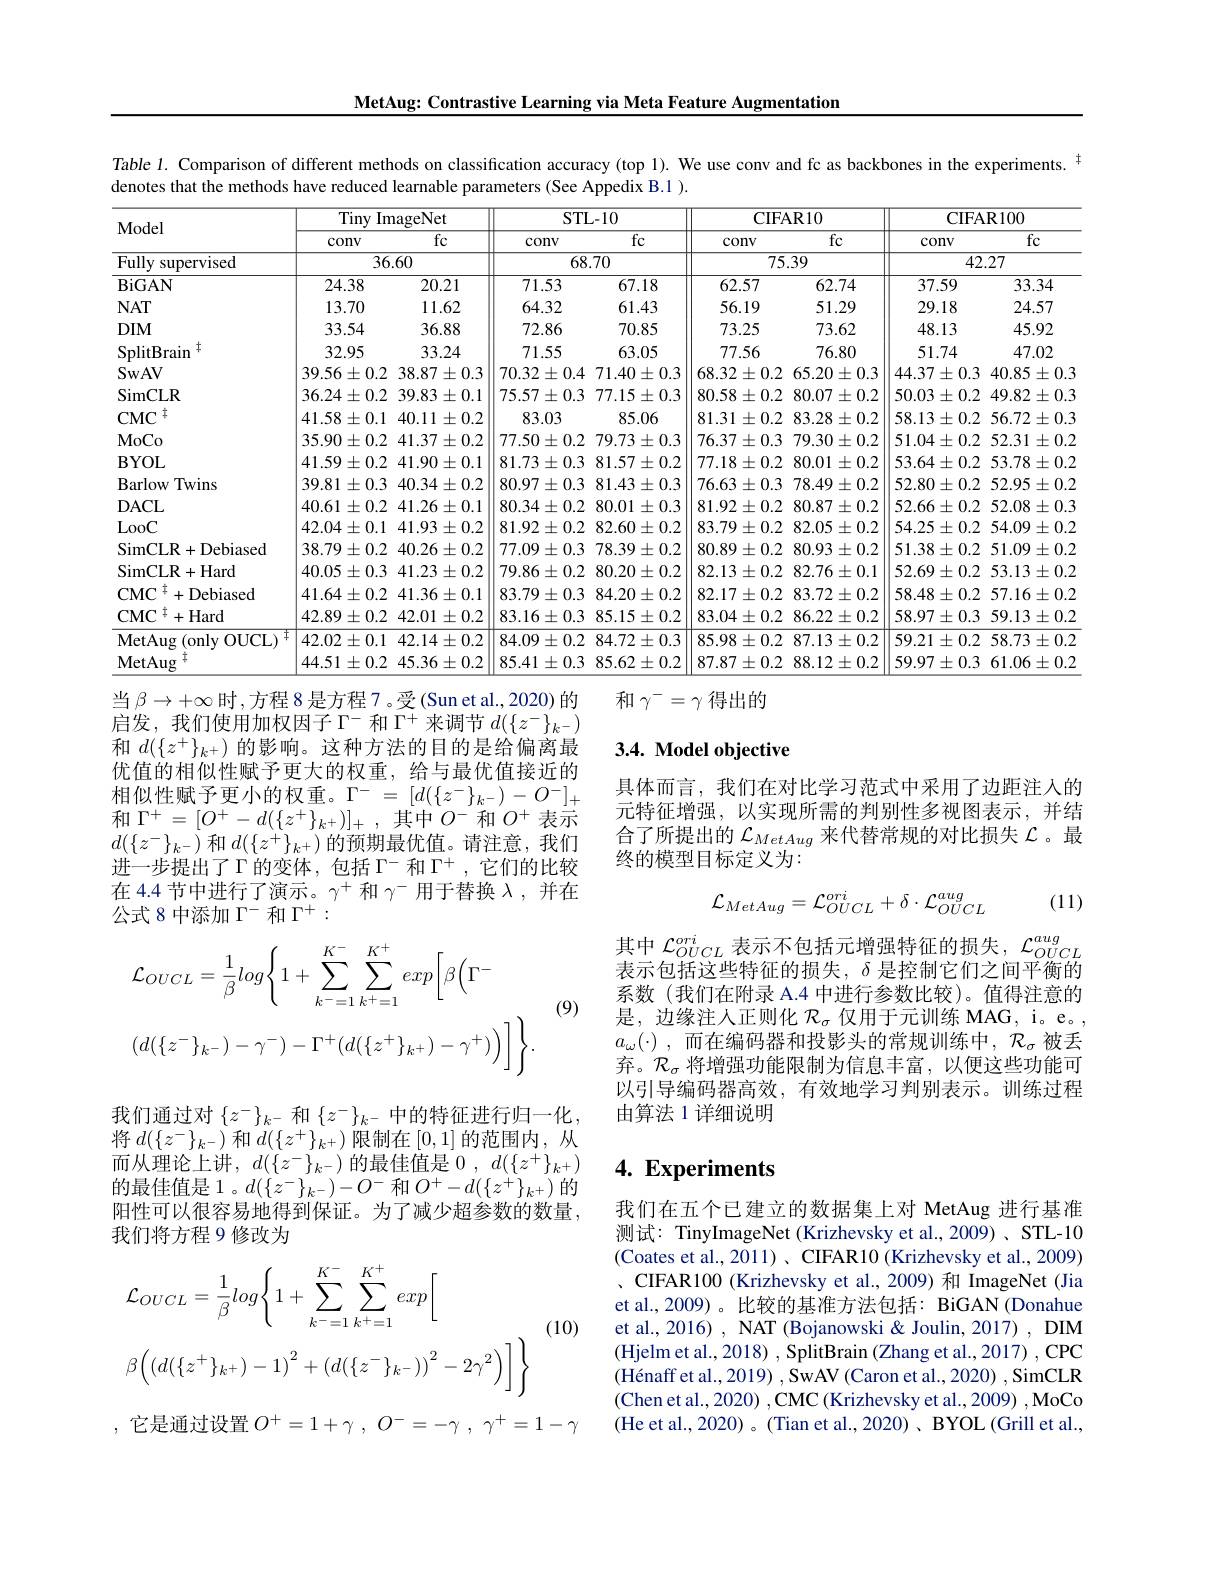
MetAug: Contrastive Learning via Meta Feature Augmentation

Table 1. Comparison of different methods on classification accuracy (top 1). We use conv and fc as backbones in the experiments. $^{\mathrm{t}}$

denotes that the methods have reduced learnable parameters (See Appedix B.1 ).
<table>
	<tbody>
		<tr>
			<th rowspan="2">Model</th>
			<th colspan="2">Tiny ImageNet</th>
			<th colspan="2">STL- 10</th>
			<th colspan="2">CIFAR10</th>
			<th colspan="2">CIFAR100</th>
		</tr>
		<tr>
			<th>conv</th>
			<th>$\overline{\mathrm{fc}}$</th>
			<th>conv</th>
			<th>$\overline{\mathrm{fc}}$</th>
			<th>COnv</th>
			<th>$\overline{\mathrm{fc}}$</th>
			<th>$\operatorname{conv}$</th>
			<th>$\overline{\mathrm{fc}}$</th>
		</tr>
		<tr>
			<td>Fullys supervised</td>
			<td colspan="2">36.60</td>
			<td>$\overline{68}$</td>
			<td>.70</td>
			<td>$\overline{75}.$</td>
			<td>.39</td>
			<td colspan="2">42.27</td>
		</tr>
		<tr>
			<td>BiGAN</td>
			<td>24.38</td>
			<td>20.21</td>
			<td>71.53</td>
			<td>67.18</td>
			<td>62.57</td>
			<td>62.74</td>
			<td>37.59</td>
			<td>33.34</td>
		</tr>
		<tr>
			<td>$NAT$</td>
			<td>13.70</td>
			<td>11.62</td>
			<td>64.32</td>
			<td>61.43</td>
			<td>56.19</td>
			<td>51.29</td>
			<td>29.18</td>
			<td>24.57</td>
		</tr>
		<tr>
			<td>$DIM$</td>
			<td>33.54</td>
			<td>36.88</td>
			<td>72.86</td>
			<td>70.85</td>
			<td>73.25</td>
			<td>73.62</td>
			<td>48.13</td>
			<td>45.92</td>
		</tr>
		<tr>
			<td>SplitBrain</td>
			<td>32.95</td>
			<td>33.24</td>
			<td>71.55</td>
			<td>63.05</td>
			<td>77.56</td>
			<td>76.80</td>
			<td>51.74</td>
			<td>47.02</td>
		</tr>
		<tr>
			<td>SwAV</td>
			<td>$$39.56\pm0.2$$</td>
			<td>$38.87\pm0.3$</td>
			<td>$70.32\pm0.4$</td>
			<td>$71.40\pm0.3$</td>
			<td>$68.32\pm0.2$</td>
			<td>$65.20\pm0.3$</td>
			<td>$44.37\pm0.3$</td>
			<td>$40.85\pm0.3$</td>
		</tr>
		<tr>
			<td>SimCLR</td>
			<td>$36.24\pm0.2$</td>
			<td>$39.83\pm0.1$</td>
			<td>$$75.57\pm0.3$$</td>
			<td>$77.15\pm0.3$</td>
			<td>$80.58\pm0.2$</td>
			<td>$80.07\pm0.2$</td>
			<td>$50.03\pm0.2$</td>
			<td>$49.82\pm0.3$</td>
		</tr>
		<tr>
			<td>1 $CMC$</td>
			<td>$41.58\pm0.1$</td>
			<td>$40.11\pm0.2$</td>
			<td>83.03</td>
			<td>85.06</td>
			<td>81.31 $\pm0.2$</td>
			<td>83.28 $\pm0.2$</td>
			<td>$58.13\pm0.2$</td>
			<td>$56.72\pm0.3$</td>
		</tr>
		<tr>
			<td>MoCo</td>
			<td>$35.90\pm0.2$</td>
			<td>$41.37\pm0.2$</td>
			<td>$77.50\pm0.2$</td>
			<td>$$79.73\pm0.3$$</td>
			<td>$$76.37\pm0.3$$</td>
			<td>$)\pm0.2$ 79.30 1 1</td>
			<td>$51.04\pm0.2$</td>
			<td>$52.31\pm0.2$</td>
		</tr>
		<tr>
			<td>$\mathbf{BYOL}$</td>
			<td>$41.59\pm0.2$</td>
			<td>$41.90\pm0.1$</td>
			<td>$81.73\pm0.3$</td>
			<td>$81.57\pm0.2$</td>
			<td>$77.18\pm0.2$</td>
			<td>$\pm0.2$ 80.01</td>
			<td>$53.64\pm0.2$</td>
			<td>$53.78\pm0.2$</td>
		</tr>
		<tr>
			<td>Barlow Twins</td>
			<td>39.81 $\lfloor\pm0.3$ 1</td>
			<td>$40.34\pm0.2$</td>
			<td>$80.97\pm0.3$</td>
			<td>$81.43\pm0.3$</td>
			<td>$76.63\pm0.3$</td>
			<td>$78.49\pm0.2$</td>
			<td>$52.80\pm0.2$</td>
			<td>$52.95\pm0.2$</td>
		</tr>
		<tr>
			<td>$\mathbf{DACL}$</td>
			<td>40.61 $\pm0.2$ 1 T</td>
			<td>$41.26\pm0.1$</td>
			<td>$80.34\pm0.2$</td>
			<td>80.01 $\pm0.3$</td>
			<td>$81.92\pm0.2$</td>
			<td>$80.87\pm0.2$</td>
			<td>$$52.66\pm0.2$$</td>
			<td>$52.08\pm0.3$</td>
		</tr>
		<tr>
			<td>LooC</td>
			<td>$42.04\pm0.1$</td>
			<td>$$41.93\pm0.2$$</td>
			<td>$81.92\pm0.2$</td>
			<td>$82.60\pm0.2$</td>
			<td>$83.79\pm0.2$</td>
			<td>82.05 $5\pm0.2$</td>
			<td>$54.25\pm0.2$</td>
			<td>$54.09\pm0.2$</td>
		</tr>
		<tr>
			<td>SimCLR+ Debiased</td>
			<td>$38.79\pm0.2$</td>
			<td>$40.26\pm0.2$</td>
			<td>$$77.09\pm0.3$$</td>
			<td>$78.39\pm0.2$</td>
			<td>$80.89\pm0.2$</td>
			<td>$80.93\pm0.2$</td>
			<td>$51.38\pm0.2$</td>
			<td>$51.09\pm0.2$</td>
		</tr>
		<tr>
			<td>SimCLR+ Hard</td>
			<td>$40.05\pm0.3$</td>
			<td>$41.23\pm0.2$</td>
			<td>$$79.86\pm0.2$$</td>
			<td>$80.20\pm0.2$</td>
			<td>$82.13\pm0.2$</td>
			<td>$82.76\pm0.1$</td>
			<td>$52.69\pm0.2$</td>
			<td>$$53.13\pm0.2$$</td>
		</tr>
		<tr>
			<td>$CMC$ +Debiased</td>
			<td>$41.64\pm0.2$</td>
			<td>$41.36\pm0.1$</td>
			<td>$83.79\pm0.3$</td>
			<td>$84.20\pm0.2$</td>
			<td>$82.17\pm0.2$</td>
			<td>$83.72\pm0.2$</td>
			<td>$58.48\pm0.2$</td>
			<td>$57.16\pm0.2$</td>
		</tr>
		<tr>
			<td>$\mathrm{CMC}^{\dagger }+$Hard</td>
			<td>$42.89\pm0.2$</td>
			<td>$42.01\pm0.2$</td>
			<td>$83.16\pm0.3$</td>
			<td>$85.15\pm0.2$</td>
			<td>$83.04\pm0.2$</td>
			<td>$86.22\pm0.2$</td>
			<td>$58.97\pm0.3$</td>
			<td>$59.13\pm0.2$</td>
		</tr>
		<tr>
			<td>MetAug ( only OUCL) </td>
			<td>$42.02\pm0.1$</td>
			<td>$42.14\pm0.2$</td>
			<td>$84.09\pm0.2$</td>
			<td>$84.72\pm0.3$</td>
			<td>85.98 $\pm0.2$ -</td>
			<td>$87.13\pm0.2$</td>
			<td>$\pm0.2$ 59.21</td>
			<td>$58.73\pm0.2$</td>
		</tr>
		<tr>
			<td>MetAug</td>
			<td>$44.51\pm0.2$</td>
			<td>$45.36\pm0.2$</td>
			<td>$85.41\pm0.3$</td>
			<td>$85.62\pm0.2$</td>
			<td>$87.87\pm0.2$</td>
			<td>$88.12\pm0.2$</td>
			<td>$59.97\pm0.3$</td>
			<td>$61.06\pm0.2$</td>
		</tr>
	</tbody>
</table>
当$\beta\to+\infty$时，方程 8 是方程 7。受(Sun et al.,2020)的
和$\gamma^-=\gamma$得出的

# 3.4. Model objective

启发，我们使用加权因子$\Gamma^-$和$\Gamma^+$来调节$d(\{z^-\}_{k^-}$ 和$d(\{z^+\}_{k^+})$的影响。这种方法的目的是给偏离最优值的相似性赋予更大的权重，给与最优值接近的相似性赋予更小的权重。$\Gamma^-=[d(\{z^-\}_{k^-})-O^-]_+$ 和$\Gamma^+=[O^+-d(\{z^+\}_{k^+})]_+$,其中$O^-$和$O^+$表示$d(\{z^-\}_{k^-})$和$d(\{z^+\}_{k^+})$的预期最优值。请注意，我们进一步提出了$\Gamma$的变体，包括$\Gamma^-$ 和$\Gamma^+$,它们的比较在 4.4 节中进行了演示。$\gamma^+$和$\gamma^-$用于替换$\lambda$,并在公式 8 中添加$\Gamma^-$和$\Gamma^+:$

具体而言，我们在对比学习范式中采用了边距注人的元特征增强，以实现所需的判别性多视图表示，并结合了所提出的$\mathcal{L}_{MetAug}$来代替常规的对比损失$\mathcal{L}$。最终的模型目标定义为：
$$\mathcal{L}_{MetAug}=\mathcal{L}_{OUCL}^{ori}+\delta\cdot\mathcal{L}_{OUCL}^{aug}$$
(11)
$$\begin{aligned}&\mathcal{L}_{OUCL}=\frac{1}{\beta}log\biggl\{1+\sum_{k=1}^{K^{-}}\sum_{k^{+}=1}^{K^{+}}exp\biggl[\beta\biggl(\Gamma^{-}\\&(d(\{z^{-}\}_{k^{-}})-\gamma^{-})-\Gamma^{+}(d(\{z^{+}\}_{k^{+}})-\gamma^{+})\biggr)\biggr]\biggr\}.\end{aligned}$$
(9)

其中$\mathcal{L}_OUCL^{ori}$表示不包括元增强特征的损失，$\mathcal{L}_OUCL^{aug}$ 表示包括这些特征的损失，$\delta$是控制它们之间平衡的系数(我们在附录 A.4 中进行参数比较)。值得注意的是，边缘注人正则化$\mathcal{R}_\mathrm{\sigma}$仅用于元训练 MAG, i。e。, $a_\omega ( \cdot )$ ,而在编码器和投影头的常规训练中$,\mathcal{R}_\sigma$被丢弃。$\mathcal{R}_\sigma$将增强功能限制为信息丰富，以便这些功能可以引导编码器高效，有效地学习判别表示。训练过程由算法 1 详细说明

我们通过对$\left\{z^-\right\}_{k^-}$和$\left\{z^-\right\}_k^-$中的特征进行归一化将$d(\{z^-\}_{k^-})$和$d(\{z^+\}_k^+)$限制在[0,1]的范围内，从而从理论上讲，$d(\{z^-\}_{k^-})$的最佳值是0，$d( \{ z^+ \} _{k^+ })$ 的最佳值是1。$d(\{z^-\}_{k^-})-O^-$和$O^+-d(\{z^+\}_{k^+})$的阳性可以很容易地得到保证。为了减少超参数的数量， 我们将方程 9 修改为

# 4. Experiments
$$\begin{aligned}&\mathcal{L}_{OUCL}=\frac{1}{\beta}log\biggl\{1+\sum_{k^{-}=1}^{K^{-}}\sum_{k^{+}=1}^{K^{+}}exp\biggl[\\&\beta\Big(\left(d(\{z^{+}\}_{k^{+}})-1\right)^{2}+\left(d(\{z^{-}\}_{k^{-}})\right)^{2}-2\gamma^{2}\Big)\Big]\end{aligned}$$
我们在五个已建立的数据集上对 MetAug 进行基准测试：TinyImageNet (Krizhevsky et al., 2009) 、STL-10 (Coates et al., 2011)、{CIFAR10}(Krizhevsky et al., 2009) 、CIFAR100 (Krizhevsky et al.,2009) 和 ImageNet (Jia et al.,2009)。比较的基准方法包括：BiGAN (Donahue et al., 2016) , NAT (Bojanowski & Joulin, 2017) , DIM (Hjelm et al., 2018) , SplitBrain (Zhang et al., 2017) , CPC ( H$\' {e}$naffetal. , 2019) , SwAV( Caronetal. , 2020) , SimCLR $\left(\text{Chen et al., 2020) , CMC (Krizhevsky et al., 2009) , MoCo}\right)$ (He et al., 2020) 。(Tian et al., 2020) 、BYOL (Grill et al.,

(10)

,它是通过设置$O^+ = 1+ \gamma$ , $O^- = - \gamma$ , $\gamma ^+ = 1- \gamma$